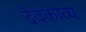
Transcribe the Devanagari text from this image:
देवकाव्य